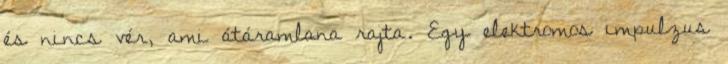
és nincs vér, ami átáramlana rajta. Egy elektromos impulzus